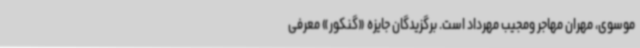
موسوی، مهران مهاجر ومجیب مهرداد است. برگزیدگان جایزه «گنکور» معرفی